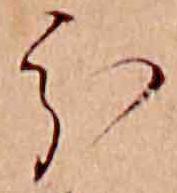
分